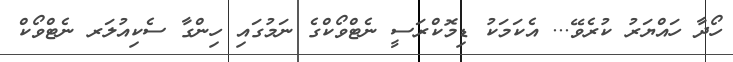
ހޯދާ ހައްޔަރު ކުރެވޭ... އެކަމަކު ޑިމޮކްރަސީ ނެޓްވޯކްގެ ނަމުގައި ހިންގާ ސެކިއުލަރ ނެޓްވޯކް